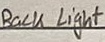
Text: Back Light